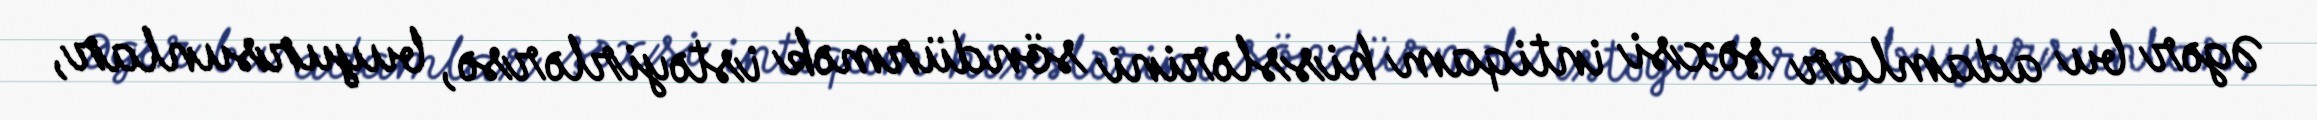
Əgər bu adamlar şəxsi intiqam hisslərini söndürmək istəyirlərsə, buyursunlar,